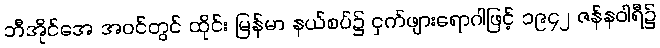
ဘီအိုင်အေ အဝင်တွင် ထိုင်း မြန်မာ နယ်စပ်၌ ငှက်ဖျားရောဂါဖြင့် ၁၉၄၂ ဇန်နဝါရီ၌